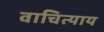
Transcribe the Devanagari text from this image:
वाचित्याय